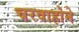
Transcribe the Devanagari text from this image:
चरवाहोने